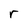
Character: r